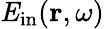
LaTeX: {\mathit E}_{\mathrm{in}}({\mathbf r},\omega)